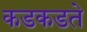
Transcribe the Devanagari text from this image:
कडकडते